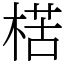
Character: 楛